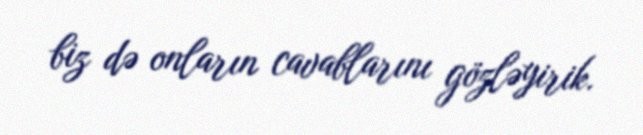
biz də onların cavablarını gözləyirik.